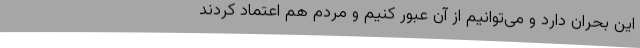
این بحران دارد و می‌توانیم از آن عبور کنیم و مردم هم اعتماد کردند